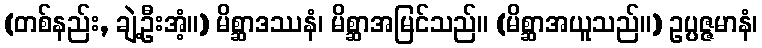
(တစ်နည်း, ချဲ့ဦးအံ့။) မိစ္ဆာဒဿနံ၊ မိစ္ဆာအမြင်သည်။ (မိစ္ဆာအယူသည်။) ဥပ္ပဇ္ဇမာနံ၊